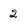
Character: 2